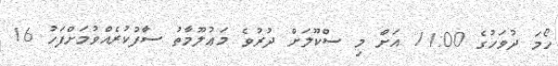
ހޯމަ ދުވަހުގެ 11:00 އަށް މި ސްކޫލަށް ދުރުވެ މަޢުލޫމާތު ސާފުކުރެއްވުމަށްފަހު 16